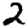
Digit: 2